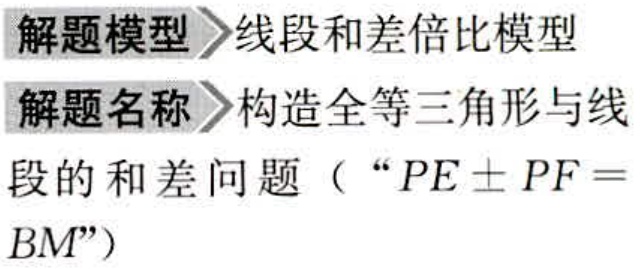
解题模型>线段和差倍比模型

解题名称>构造全等三角形与线

段的和差问题（“\(PE\pm PF = BM\)”）